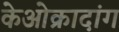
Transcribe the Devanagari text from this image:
केओक्रादांग